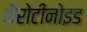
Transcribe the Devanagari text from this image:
कैरोटीनोइड